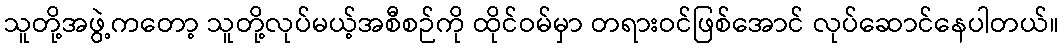
သူတို့အဖွဲ့ကတော့ သူတို့လုပ်မယ့်အစီစဉ်ကို ထိုင်ဝမ်မှာ တရားဝင်ဖြစ်အောင် လုပ်ဆောင်နေပါတယ်။